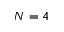
N = 4